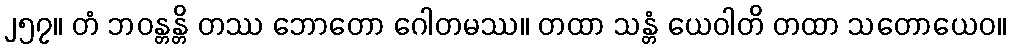
၂၅၇။ တံ ဘဝန္တန္တိ တဿ ဘောတော ဂေါတမဿ။ တထာ သန္တံ ယေဝါတိ တထာ သတောယေဝ။